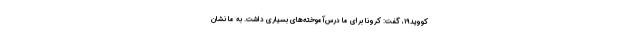
کووید۱۹، گفت: کرونا برای ما درس‌آموخته‌های بسیاری داشت. به ما نشان